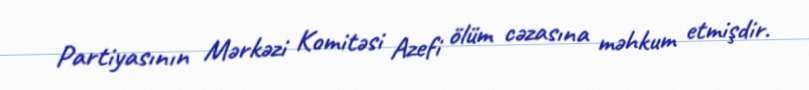
Partiyasının Mərkəzi Komitəsi Azefi ölüm cəzasına məhkum etmişdir.